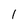
Character: 1